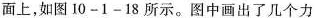
面上，如图10-1-18所示。图中画出了几个力